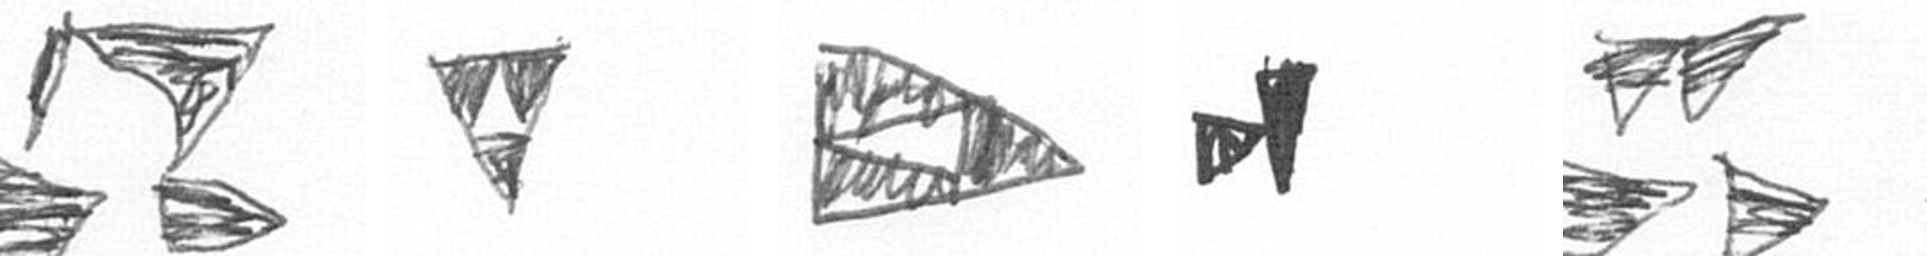
B S K M B